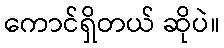
ကောင်ရှိတယ် ဆိုပဲ။